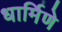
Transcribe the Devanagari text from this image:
धार्मिणे